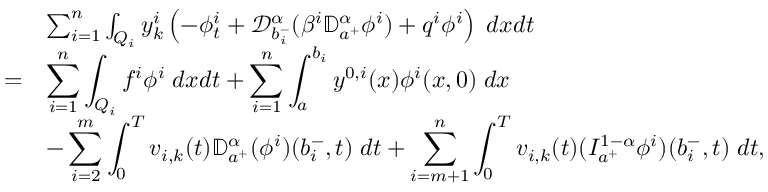
\begin{array} { r l } & { \sum _ { i = 1 } ^ { n } \int _ { Q _ { i } } y _ { k } ^ { i } \left( - \phi _ { t } ^ { i } + \mathcal { D } _ { b _ { i } ^ { - } } ^ { \alpha } ( \beta ^ { i } \mathbb { D } _ { a ^ { + } } ^ { \alpha } \phi ^ { i } ) + q ^ { i } \phi ^ { i } \right) \; d x d t } \\ { = } & { \displaystyle \sum _ { i = 1 } ^ { n } \int _ { Q _ { i } } f ^ { i } \phi ^ { i } \; d x d t + \displaystyle \sum _ { i = 1 } ^ { n } \int _ { a } ^ { b _ { i } } y ^ { 0 , i } ( x ) \phi ^ { i } ( x , 0 ) \; d x } \\ & { - \displaystyle \sum _ { i = 2 } ^ { m } \int _ { 0 } ^ { T } v _ { i , k } ( t ) \mathbb { D } _ { a ^ { + } } ^ { \alpha } ( \phi ^ { i } ) ( b _ { i } ^ { - } , t ) \; d t + \displaystyle \sum _ { i = m + 1 } ^ { n } \int _ { 0 } ^ { T } v _ { i , k } ( t ) ( I _ { a ^ { + } } ^ { 1 - \alpha } \phi ^ { i } ) ( b _ { i } ^ { - } , t ) \; d t , } \end{array}